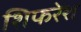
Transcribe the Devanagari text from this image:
शिफरेश